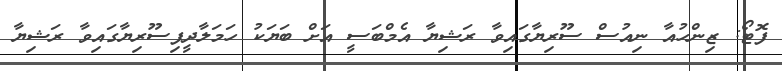
ފޮޓޯ: ޒިންހުއާ ނިއުސް ސޫރިޔާގައިވާ ރަޝިޔާ އެމްބަސީ އަށް ބަޔަކު ހަމަލާދީފިސޫރިޔާގައިވާ ރަޝިޔާ